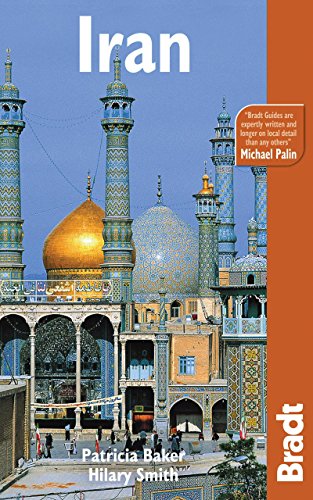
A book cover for Iran (Bradt Travel Guide); Patricia Baker; Travel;